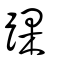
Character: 踝